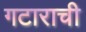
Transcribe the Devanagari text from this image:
गटाराची